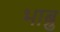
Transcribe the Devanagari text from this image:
भाब्रु